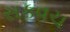
સકવચ